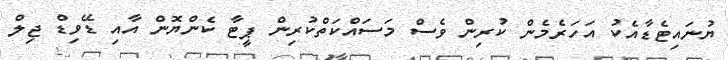
ޔުނައިޓެޑާއެކު އަހަރެމެން ކުރިން ވެސް މަސައްކަތްކުރިން ޕީޓާ ކެންޔޮން އާއި ޑޭވިޑް ޖިލް